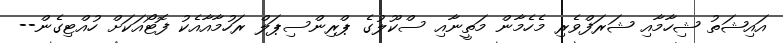
އައިޝަތު ޝިހާމާއި ޝަރަފްވެރި މެހެމާން މަތީނާއި ސްކޫލުގެ ޕްރިންސިޕަލް ރަހުމާއާއެކު ފޮޓޯއަކަށް ހުއްޓިގެން--